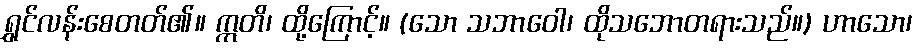
ရွှင်လန်းစေတတ်၏။ ဣတိ၊ ထို့ကြောင့်။ (သော သဘာဝေါ၊ ထိုသဘောတရားသည်။) ဟာသော၊